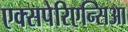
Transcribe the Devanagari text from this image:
एक्सपेरिएन्सिआ